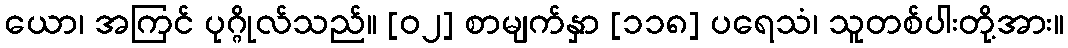
ယော၊ အကြင် ပုဂ္ဂိုလ်သည်။ [၀၂] စာမျက်နှာ [၁၁၈] ပရေသံ၊ သူတစ်ပါးတို့အား။